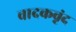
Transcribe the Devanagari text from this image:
वादकवृंद